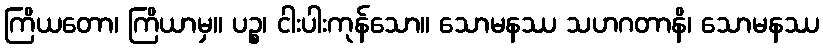
ကြိယတော၊ ကြိယာမှ။ ပဉ္စ၊ ငါးပါးကုန်သော။ သောမနဿ သဟဂတာနိ၊ သောမနဿ